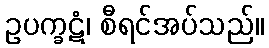
ဥပက္ခဋံ၊ စီရင်အပ်သည်။